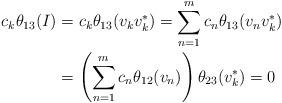
LaTeX: \begin{align*}c_k \theta_{13}(I)&=c_k \theta_{13}( v_k v_k^*)=\sum_{n=1}^m c_n \theta_{13}(v_nv_k^*)\\& =\left(\sum_{n=1}^m c_n \theta_{12}(v_n)\right)\theta_{23}(v_k^*) =0\end{align*}